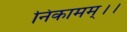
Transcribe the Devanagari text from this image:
निकामम्।।